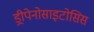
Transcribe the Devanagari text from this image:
ड्रीपेनोसाइटोसिस